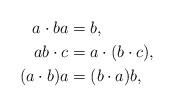
LaTeX: \begin{align*}a\cdot ba &= b, \\ab\cdot c &= a\cdot(b\cdot c),\\(a\cdot b)a &= (b\cdot a)b,\end{align*}